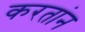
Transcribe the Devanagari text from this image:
करतांन